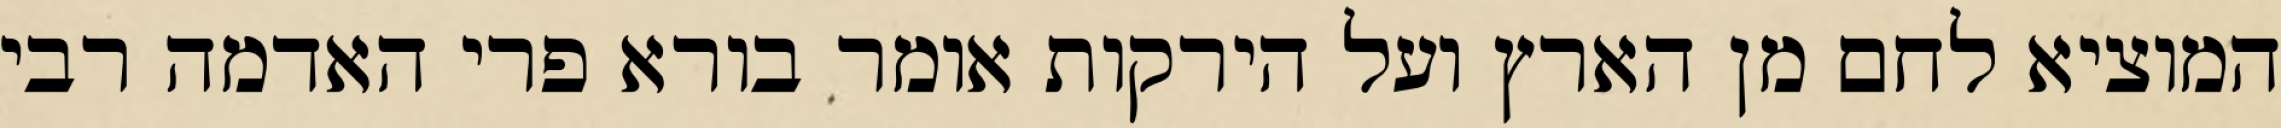
המוציא לחם מן הארץ ועל הירקות אומר בורא פרי האדמה רבי